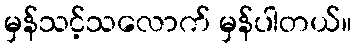
မှန်သင့်သလောက် မှန်ပါတယ်။